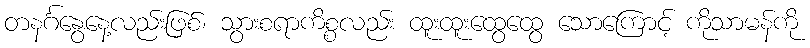
တနင်္ဂနွေနေ့လည်းဖြစ်၊ သွားစရာကိစ္စလည်း ထူးထူးထွေထွေ သောကြောင့် ကိုသာမန်ကို